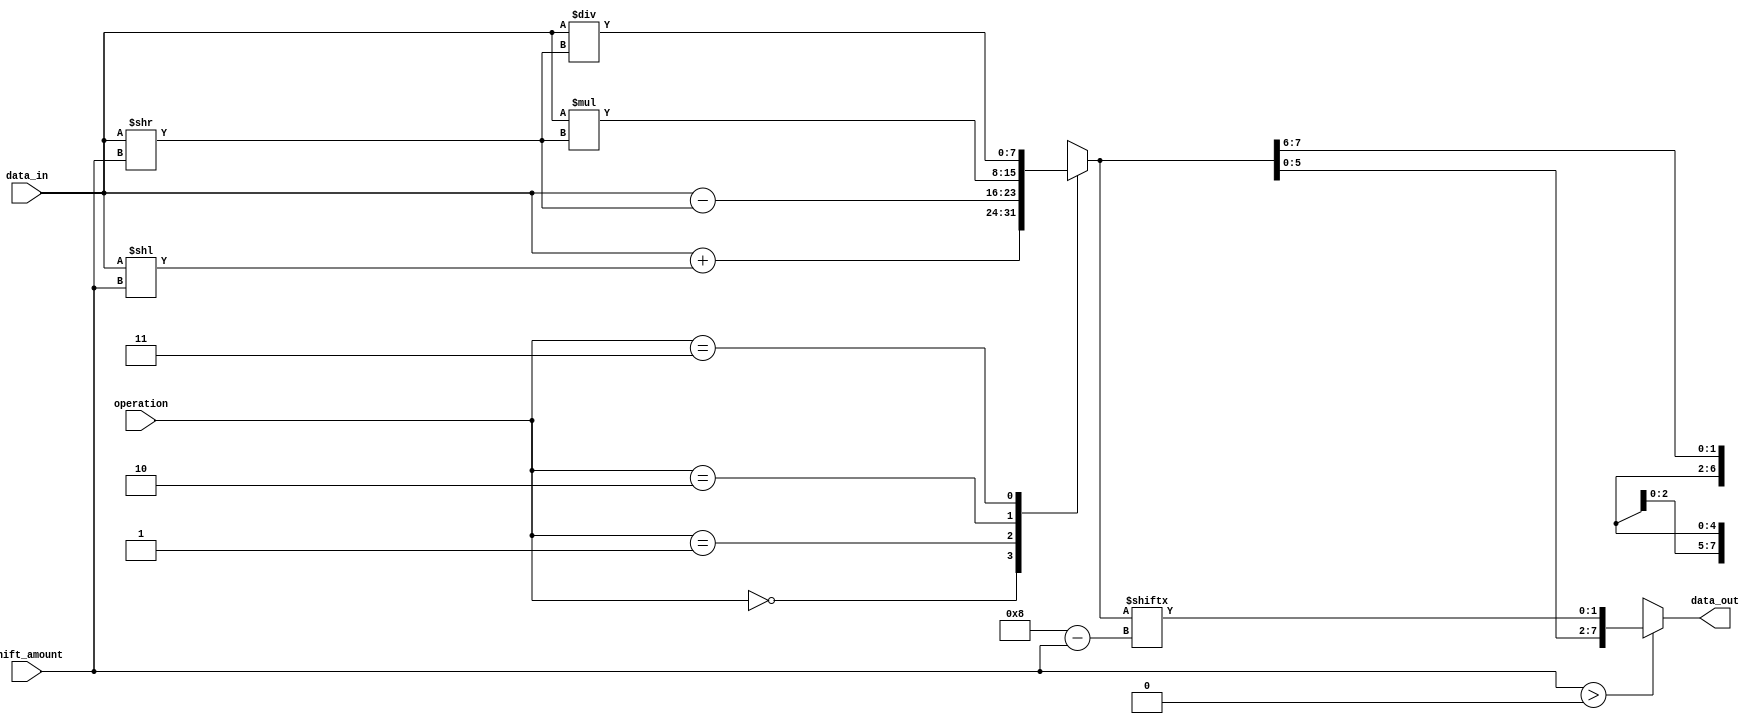
module BarrelShifter (
    input [7:0] data_in,
    input [3:0] shift_amount,
    input [1:0] operation,
    output reg [7:0] data_out
);

reg [7:0] temp;

always @ (data_in or shift_amount or operation) begin
    case(operation)
        0: temp = data_in + (data_in << shift_amount); // Addition
        1: temp = data_in - (data_in >> shift_amount); // Subtraction
        2: temp = data_in * (data_in >> shift_amount); // Multiplication
        3: temp = data_in / (data_in >> shift_amount); // Division
        default: temp = data_in; // No operation
    endcase

    if(shift_amount > 0) begin
        data_out = {temp[7-shift_amount:0], temp[7:8-shift_amount]}; // Circular shift left
    end else begin
        data_out = {temp[-shift_amount+7:7], temp[-shift_amount:6]}; // Circular shift right
    end
end

endmodule